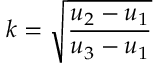
k = { \sqrt { \frac { u _ { 2 } - u _ { 1 } } { u _ { 3 } - u _ { 1 } } } }